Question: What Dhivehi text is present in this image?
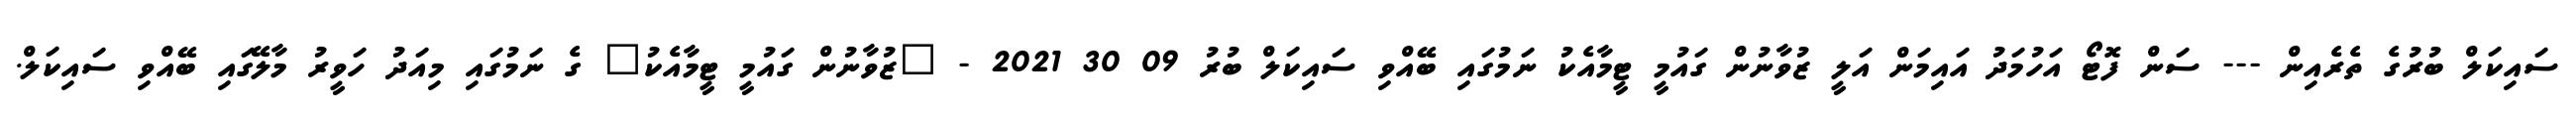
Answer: ސައިކަލް ބުރުގެ ތެރެއިން --- ސަން ފޮޓޯ އަހުމަދު އައިމަން އަލީ ޒުވާނުން ގައުމީ ޓީމާއެކު ނަމުގައި ބޭއްވި ސައިކަލް ބުރު 09 30 2021 - "ޒުވާނުން ގައުމީ ޓީމާއެކު" ގެ ނަމުގައި މިއަދު ހަވީރު މާލޭގައި ބޭއްވި ސައިކަލް.